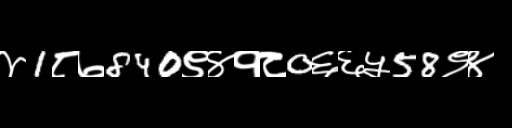
Text: ४1८७840९४१८0६६५58९४